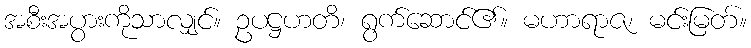
အစီးအပွားကိုသာလျှင်။ ဥပဋ္ဌဟတိ၊ ရွက်ဆောင်၏။ မဟာရာဇ၊ မင်းမြတ်။